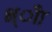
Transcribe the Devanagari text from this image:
भ्ीा